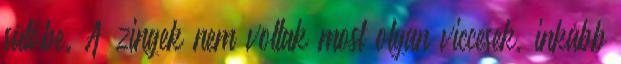
sütőbe. A zingek nem voltak most olyan viccesek, inkább